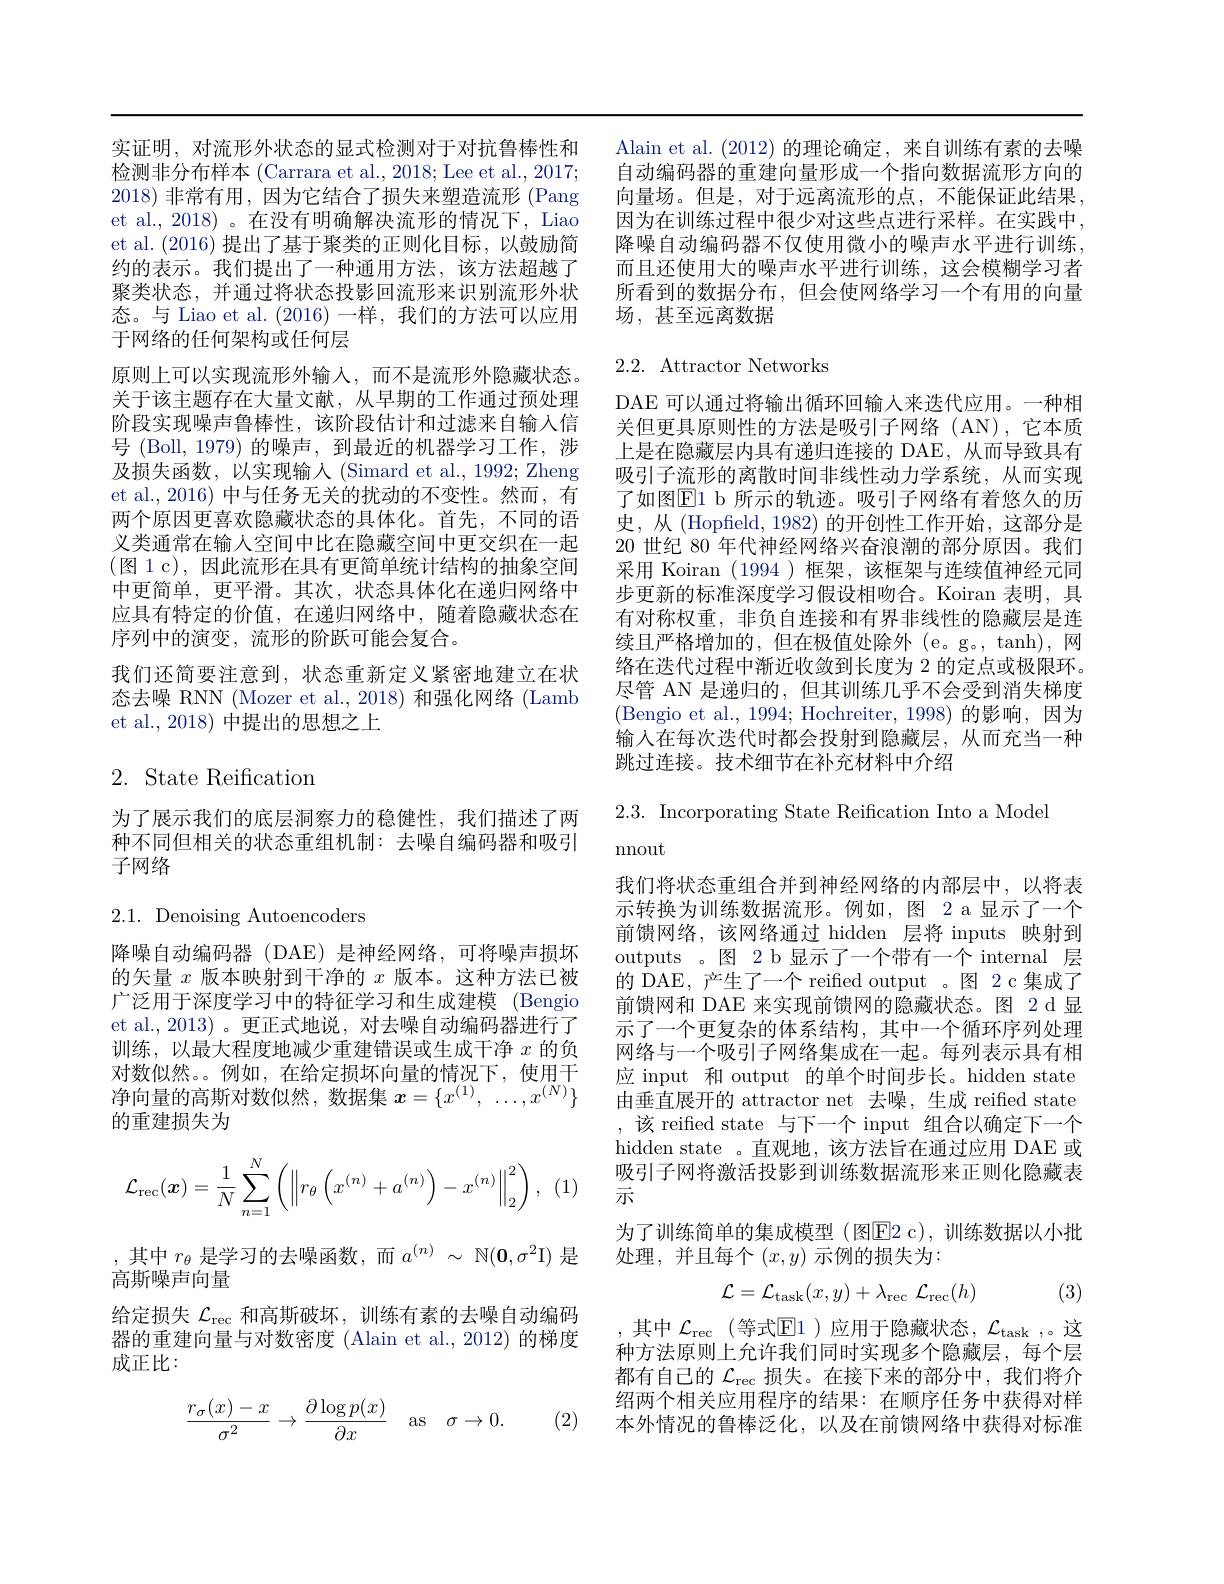
实证明，对流形外状态的显式检测对于对抗鲁棒性和et al., 2018) 。在没有明确解决流形的情况下，Liao et al.(2016) 提出了基于聚类的正则化目标，以鼓励简约的表示。我们提出了一种通用方法，该方法超越了聚类状态，并通过将状态投影回流形来识别流形外状态。与 Liao et al. (2016)一样，我们的方法可以应用于网络的任何架构或任何层
原则上可以实现流形外输入，而不是流形外隐藏状态。关于该主题存在大量文献，从早期的工作通过预处理阶段实现噪声鲁棒性，该阶段估计和过滤来自输入信号 (Boll, 1979) 的噪声，到最近的机器学习工作，涉及损失函数，以实现输入(Simard et al., 1992; Zheng et al., 2016) 中与任务无关的扰动的不变性。然而，有两个原因更喜欢隐藏状态的具体化。首先，不同的语义类通常在输人空间中比在隐藏空间中更交织在一起(图 1 c), 因此流形在具有更简单统计结构的抽象空间中更简单，更平滑。其次，状态具体化在递归网络中应具有特定的价值，在递归网络中，随着隐藏状态在序列中的演变，流形的阶跃可能会复合。
我们还简要注意到，状态重新定义紧密地建立在状态去噪 RNN (Mozer et al., 2018) 和强化网络 (Lamb et al., 2018) 中提出的思想之上

## $2.{\mathrm{~State~Reification}}$

为了展示我们的底层洞察力的稳健性，我们描述了两种不同但相关的状态重组机制：去噪自编码器和吸引子网络

2.1. Denoising Autoencoders

降噪自动编码器(DAE)是神经网络，可将噪声损坏的矢量$x$版本映射到干净的$x$版本。这种方法已被广泛用于深度学习中的特征学习和生成建模 (Bengio et al.,2013)。更正式地说，对去噪自动编码器进行了训练，以最大程度地减少重建错误或生成干净$x$的负对数似然。。例如，在给定损坏向量的情况下，使用干净向量的高斯对数似然，数据集$x=\{x^{(1)},\ldots,x^{(N)}\}$ 的重建损失为
$$\mathcal{L}_{\mathrm{rec}}(\boldsymbol{x})=\frac{1}{N}\sum_{n=1}^{N}\left(\left\|r_{\theta}\left(x^{(n)}+a^{(n)}\right)-x^{(n)}\right\|_{2}^{2}\right),$$
,其中$r_\theta$是学习的去噪函数，而$a^(n)\sim\mathbb{N}(\mathbf{0},\sigma^2$I) 是
高斯噪声向量
给定损失$\mathcal{L}_\mathrm{rec}$和高斯破坏，训练有素的去噪自动编码器的重建向量与对数密度 (Alain et al.,2012) 的梯度成正比：
$$\begin{aligned}\frac{r_\sigma(x)-x}{\sigma^2}\to\frac{\partial\log p(x)}{\partial x}\quad\mathrm{as}\quad\sigma\to0.\end{aligned}$$
(2)

Alain et al. (2012)的理论确定，来自训练有素的去噪
检测非分布样本 (Carrara et al., 2018; Lee et al., 2017; 自动编码器的重建向量形成一个指向数据流形方向的2018)非常有用，因为它结合了损失来塑造流形 (Pang 向量场。但是，对于远离流形的点，不能保证此结果，
因为在训练过程中很少对这些点进行采样。在实践中， 降噪自动编码器不仅使用微小的噪声水平进行训练， 而且还使用大的噪声水平进行训练，这会模糊学习者所看到的数据分布，但会使网络学习一个有用的向量场，甚至远离数据

## 2.2. Attractor Networks

DAE 可以通过将输出循环回输人来迭代应用。一种相关但更具原则性的方法是吸引子网络(AN),它本质上是在隐藏层内具有递归连接的 DAE,从而导致具有吸引子流形的离散时间非线性动力学系统，从而实现了如图$\mathbb{E}$1 b 所示的轨迹。吸引子网络有着悠久的历史，从(Hopfield, 1982) 的开创性工作开始，这部分是20 世纪 80 年代神经网络兴奋浪潮的部分原因。我们采用 Koiran (1994 )框架，该框架与连续值神经元同步更新的标准深度学习假设相吻合。Koiran 表明，具有对称权重，非负自连接和有界非线性的隐藏层是连续且严格增加的，但在极值处除外(e。g。,tanh),网络在迭代过程中渐近收敛到长度为 2 的定点或极限环。尽管 AN 是递归的，但其训练几乎不会受到消失梯度(Bengio et al., 1994; Hochreiter, 1998) 的影响，因为输入在每次迭代时都会投射到隐藏层，从而充当一种跳过连接。技术细节在补充材料中介绍

2.3. Incorporating State Reification Into a Model
nnout

我们将状态重组合并到神经网络的内部层中，以将表示转换为训练数据流形。例如，图 2 a 显示了一个前馈网络，该网络通过 hidden 层将 inputs 映射到outputs 。图 2 b 显示了一个带有一个 internal 层的 DAE, 产生了一个 reified output 。图 2 c 集成了前馈网和 DAE 来实现前馈网的隐藏状态。图 2 d 显示了一个更复杂的体系结构，其中一个循环序列处理网络与一个吸引子网络集成在一起。每列表示具有相应 input 和 output 的单个时间步长。hidden state 由垂直展开的 attractor net 去噪，生成 reified state ,该 reified state 与下一个 input 组合以确定下一个hidden state 。直观地 ,该方法旨在通过应用 DAE 或吸引子网将激活投影到训练数据流形来正则化隐藏表示
为了训练简单的集成模型(图E2 c),训练数据以小批
处理，并且每个$(x,y)$示例的损失为：

(3)
$$\mathcal{L}=\mathcal{L}_{\mathrm{task}}(x,y)+\lambda_{\mathrm{rec}}\:\mathcal{L}_{\mathrm{rec}}(h)$$
,其中 $\mathcal{L}_\mathrm{rec}($等式$\mathbb{E}1)$ 应用于隐藏状态$,\mathcal{L}_\mathrm{task}$,。这种方法原则上允许我们同时实现多个隐藏层，每个层都有自己的$\mathcal{L}_\mathrm{rec}$损失。在接下来的部分中，我们将介绍两个相关应用程序的结果：在顺序任务中获得对样本外情况的鲁棒泛化，以及在前馈网络中获得对标准